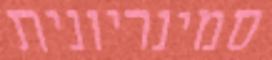
סמינריונית